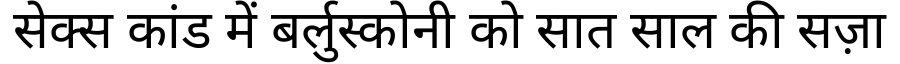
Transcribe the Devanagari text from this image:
सेक्स कांड में बर्लुस्कोनी को सात साल की सज़ा